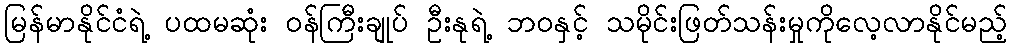
မြန်မာနိုင်ငံရဲ့ ပထမဆုံး ဝန်ကြီးချုပ် ဦးနုရဲ့ ဘဝနှင့် သမိုင်းဖြတ်သန်းမှုကိုလေ့လာနိုင်မည့်